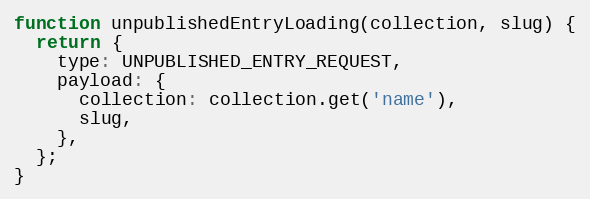
Language: JavaScript
function unpublishedEntryLoading(collection, slug) {
  return {
    type: UNPUBLISHED_ENTRY_REQUEST,
    payload: {
      collection: collection.get('name'),
      slug,
    },
  };
}